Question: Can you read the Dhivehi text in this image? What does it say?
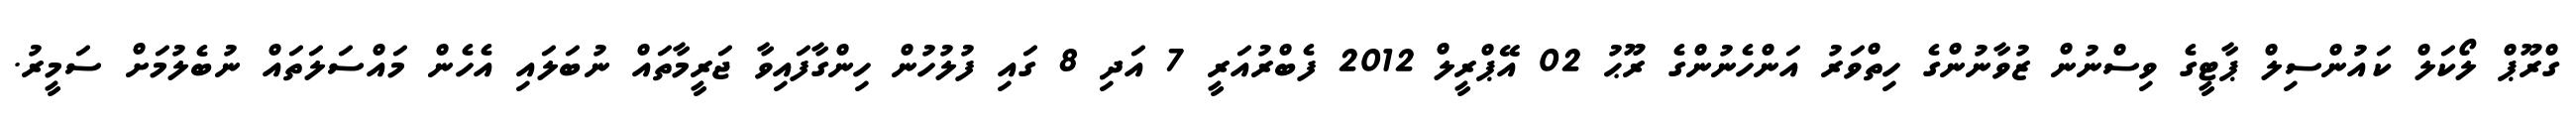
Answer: ގްރޫޕް ލޯކަލް ކައުންސިލް ޕާޓީގެ ވިސްނުން ޒުވާނުންގެ ހިތްވަރު އަންހެނުންގެ ރޫޙު 02 އޭޕްރީލް 2012 ފެބްރުއަރީ 7 އަދި 8 ގައި ފުލުހުން ހިންގާފައިވާ ޖަރީމާތައް ނުބަލައި އެހެން މައްސަލަތައް ނުބެލުމަށް ސަމީރު.